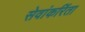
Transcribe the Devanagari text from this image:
सेवांकरिंता